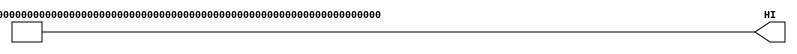
// SPDX-FileCopyrightText: 2020 Efabless Corporation
//
// Licensed under the Apache License, Version 2.0 (the "License");
// you may not use this file except in compliance with the License.
// You may obtain a copy of the License at
//
//      http://www.apache.org/licenses/LICENSE-2.0
//
// Unless required by applicable law or agreed to in writing, software
// distributed under the License is distributed on an "AS IS" BASIS,
// WITHOUT WARRANTIES OR CONDITIONS OF ANY KIND, either express or implied.
// See the License for the specific language governing permissions and
// limitations under the License.
// SPDX-License-Identifier: Apache-2.0
`define FPGA

`ifndef FPGA
`default_nettype none
`else
`default_nettype wire
`endif 

module mprj_logic_high (
`ifdef USE_POWER_PINS
    inout	   vccd1,
    inout	   vssd1,
`endif
    output [462:0] HI
);

`ifndef FPGA
sky130_fd_sc_hd__conb_1 insts [462:0] (
`ifdef USE_POWER_PINS
                .VPWR(vccd1),
                .VGND(vssd1),
                .VPB(vccd1),
                .VNB(vssd1),
`endif
                .HI(HI),
                .LO()
        );
`else
    assign HI = ~0;
`endif
endmodule